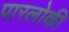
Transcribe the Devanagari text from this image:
पारलोकी